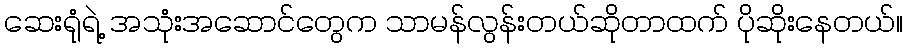
ဆေးရုံရဲ့ အသုံးအဆောင်တွေက သာမန်လွန်းတယ်ဆိုတာထက် ပိုဆိုးနေတယ်။